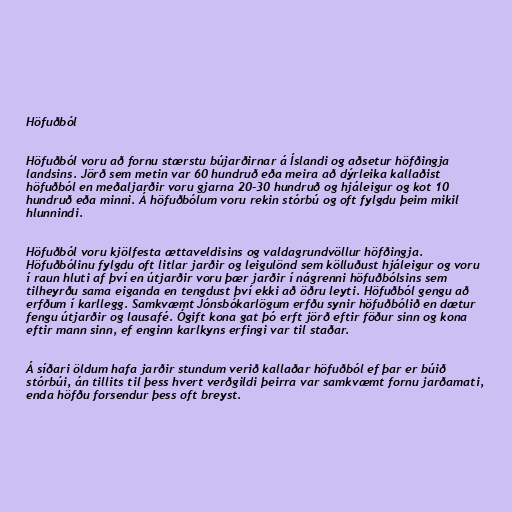
Höfuðból

Höfuðból voru að fornu stærstu bújarðirnar á Íslandi og aðsetur höfðingja
landsins. Jörð sem metin var 60 hundruð eða meira að dýrleika kallaðist
höfuðból en meðaljarðir voru gjarna 20-30 hundruð og hjáleigur og kot 10
hundruð eða minni. Á höfuðbólum voru rekin stórbú og oft fylgdu þeim mikil
hlunnindi.

Höfuðból voru kjölfesta ættaveldisins og valdagrundvöllur höfðingja.
Höfuðbólinu fylgdu oft litlar jarðir og leigulönd sem kölluðust hjáleigur og voru
í raun hluti af því en útjarðir voru þær jarðir í nágrenni höfuðbólsins sem
tilheyrðu sama eiganda en tengdust því ekki að öðru leyti. Höfuðból gengu að
erfðum í karllegg. Samkvæmt Jónsbókarlögum erfðu synir höfuðbólið en dætur
fengu útjarðir og lausafé. Ógift kona gat þó erft jörð eftir föður sinn og kona
eftir mann sinn, ef enginn karlkyns erfingi var til staðar.

Á síðari öldum hafa jarðir stundum verið kallaðar höfuðból ef þar er búið
stórbúi, án tillits til þess hvert verðgildi þeirra var samkvæmt fornu jarðamati,
enda höfðu forsendur þess oft breyst.